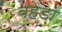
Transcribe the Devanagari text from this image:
बहेडा